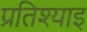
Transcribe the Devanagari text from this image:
प्रतिश्याइ